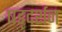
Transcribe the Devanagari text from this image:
षड्‌दर्शन